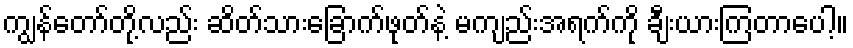
ကျွန်တော်တို့လည်း ဆိတ်သားခြောက်ဖုတ်နဲ့ မကျည်းအရက်ကို ချီးယားကြတာပေါ့။